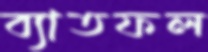
ব্যাতফল